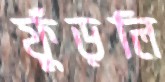
ফুঁড়লি